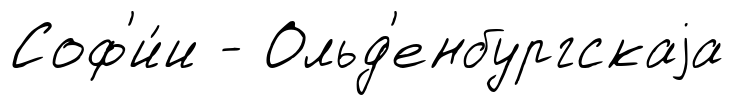
Соф'и́и - Ольд'енбургскаjа